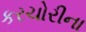
કરચોરીના